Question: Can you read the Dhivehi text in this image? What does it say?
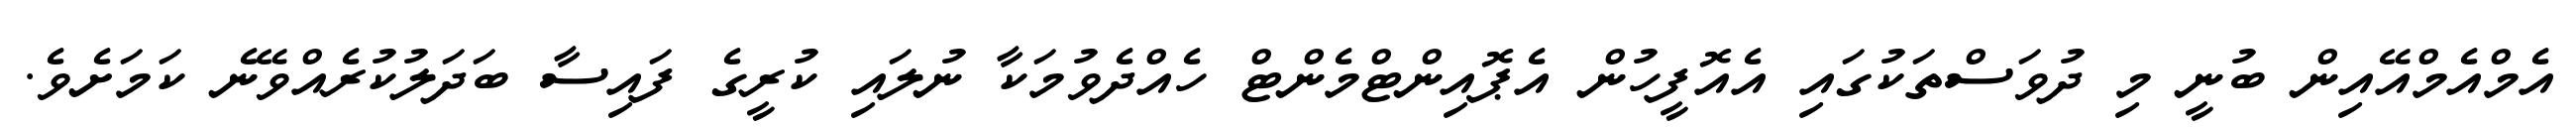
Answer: އެމްއެމްއޭއިން ބުނީ މި ދުވަސްތަކުގައި އެއޮފީހުން އެޕޮއިންޓްމެންޓް ހެއްދެވުމަކާ ނުލައި ކުރީގެ ފައިސާ ބަދަލުކުރެއްވޭނެ ކަމަށެވެ.